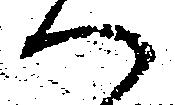
へ